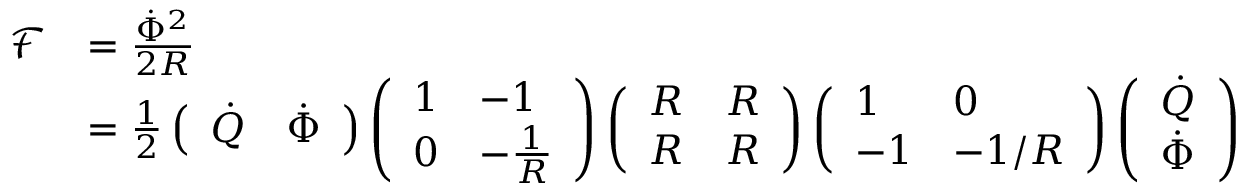
\begin{array} { r l } { \mathcal { F } } & { = \frac { \dot { \Phi } ^ { 2 } } { 2 R } } \\ & { = \frac { 1 } { 2 } \left( \begin{array} { l l } { \dot { Q } } & { \dot { \Phi } } \end{array} \right) \left( \begin{array} { l l } { 1 } & { - 1 } \\ { 0 } & { - \frac { 1 } { R } } \end{array} \right) \left( \begin{array} { l l } { R } & { R } \\ { R } & { R } \end{array} \right) \left( \begin{array} { l l } { 1 } & { 0 } \\ { - 1 } & { - 1 / R } \end{array} \right) \left( \begin{array} { l } { \dot { Q } } \\ { \dot { \Phi } } \end{array} \right) } \end{array}